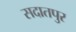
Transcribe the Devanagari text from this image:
सदातपुर